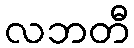
လဘတီ